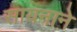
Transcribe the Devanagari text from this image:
सायनाने